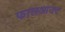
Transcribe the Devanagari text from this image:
फालआउट